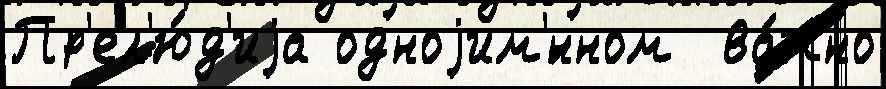
Пр'ел'ю́д'иjа одноjим'́нном  ва́жно